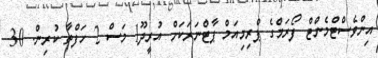
އިންވެސްޓްމެންޓް ފޯރަމްގެ ޕްރިމިއަމް ޕާޓްނަރަކަށް އުރީދޫ1 މަސް 2 ހަފްތާ ކުރިން. 30